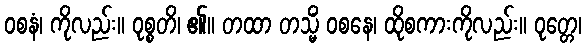
ဝစနံ၊ ကိုလည်း။ ဝုစ္စတိ၊ ၏။ တထာ တသ္မိံ ဝစနေ၊ ထိုစကားကိုလည်း။ ဝုတ္တေ၊